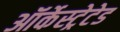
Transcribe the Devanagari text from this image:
ऑर्केस्ट्रेटेड